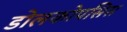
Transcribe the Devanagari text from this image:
डोलकोपसिस